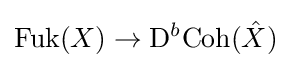
\mathrm {Fuk} (X)\to \mathrm {D} ^{b}\mathrm {Coh} ({\hat {X}})